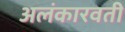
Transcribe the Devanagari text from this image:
अलंकारवती